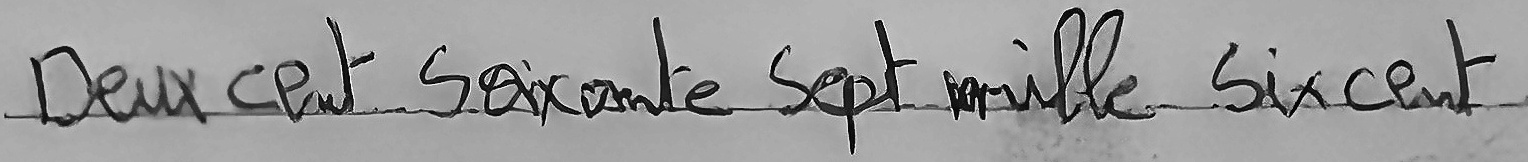
Deux cent Soixante Sept mille Six cent